Vaccine operations Central Provinces & Berar 1922-1929 - 1922-1929
Year: 1922
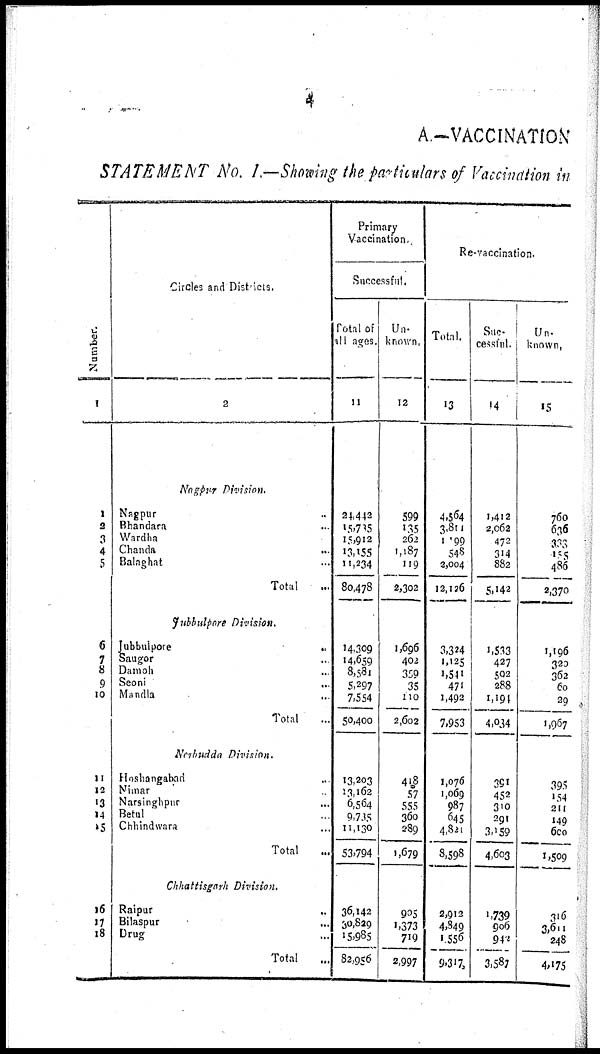
4
A.—VACCINATION
STATEMENT No. I.—Sho
Number.
1
1
2
3
4
5
6
7
8
9
10
11
12
13
14
15
16
17
18
Circles and Districts.
2
Nagpur Division.
Nagpur ...
Bhandara ...
Wardha ...
Chanda
...
Balaghat ...
Total ...
Jubbulpore Division.
Jubbulpore
...
Saugor ...
Damoh ...
Seoni
...
Mandla ...
Total ...
Narbudda Division.
Hoshangabad
...
Nimar ...
Narsinghpur
...
Betul ...
Chhindwara ...
Total ...
Chhattisgarh Division.
Raipur
...
Bilaspur ...
Drug ...
Total ...
Primary
Vaccination.
Successful.
Total of
all ages.
11
24,442
15,705
15,912
13,155
11,234
80,478
14,309
14,659
8,581
5,297
7,554
50,400
13,203
13,162
6,564
9,715
11,130
53,794
36,142
30,829
15,985
82,956
Un-
known.
12
599
135
262
1,187
119
2,302
1,696
402
359
35
110
2,602
418
57
555
360
289
1,079
905
1,373
719
2,997
Re-vaccination.
Total.
13
4,564
3,811
1,199
548
2,004
12,126
3,324
1,125
1,541
471
1,492
7,953
1,076
1,069
987
645
4,821
8,598
2,912
4,849
1,556
9,317
Suc-
cessful.
14
1,412
2,062
472
314
882
5,142
1,533
427
502
288
1,194
4,034
391
452
310
291
3,159
4,003
1,739
906
942
3,587
Un-
known.
15
760
636
333
105
486
2,370
1,196
320
362
60
29
1,967
395
154
211
149
600
1,509
316
3,611
248
4,175